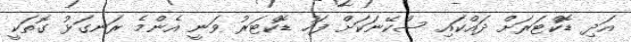
އަދި ޑޮކްޓަރަށް ދައްކައި ސްކޭނަކަށް ފަހު ޑޮކްޓަރު ވަނީ އެންމެ ރަނގަޅު ގޮތަކީ